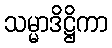
သမ္မာဒိဋ္ဌိကာ